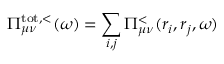
\Pi _ { \mu \nu } ^ { \mathrm { t o t , < } } ( \omega ) = \sum _ { i , j } \Pi _ { \mu \nu } ^ { < } ( \boldsymbol { r } _ { i } , \boldsymbol { r } _ { j } , \omega )